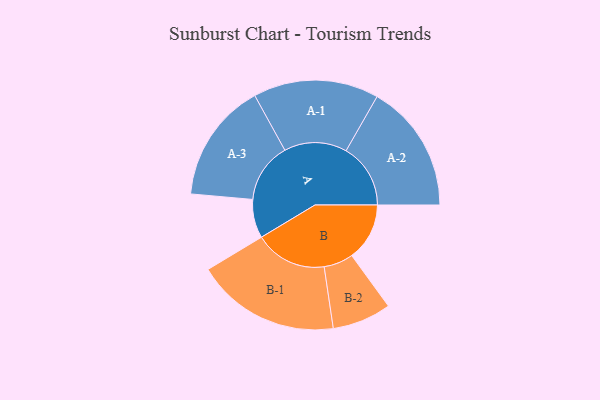
{"axis": {"x": "Segment", "y": "Value"}, "legend": ["", "A", "B"], "data": [{"x": "A", "y": 156, "type": ""}, {"x": "B", "y": 233, "type": ""}, {"x": "A-1", "y": 253, "type": "A"}, {"x": "A-2", "y": 260, "type": "A"}, {"x": "A-3", "y": 242, "type": "A"}, {"x": "B-1", "y": 291, "type": "B"}, {"x": "B-2", "y": 119, "type": "B"}]}